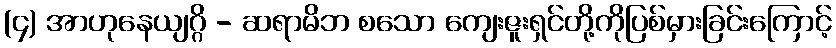
(၄) အာဟုနေယျဂ္ဂိ - ဆရာမိဘ စသော ကျေးဇူးရှင်တို့ကိုပြစ်မှားခြင်းကြောင့်